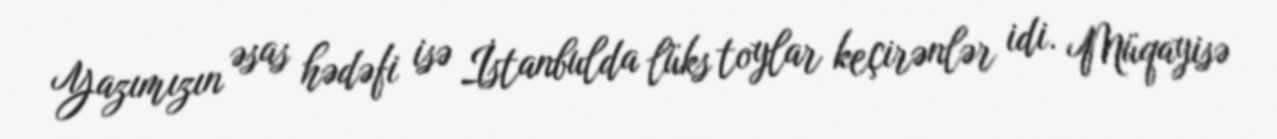
Yazımızın əsas hədəfi isə İstanbulda lüks toylar keçirənlər idi. Müqayisə